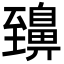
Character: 䶍